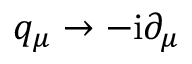
q _ { \mu } \rightarrow - \mathrm { i } \partial _ { \mu }